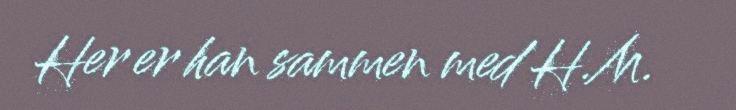
Her er han sammen med H.M.